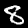
Digit: 8